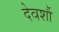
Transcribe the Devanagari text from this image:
देवर्शौ